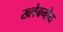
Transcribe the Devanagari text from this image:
ख्लेबनोय